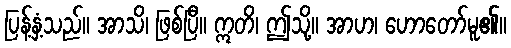
ပြန့်နှံ့သည်။ အာသိ၊ ဖြစ်ပြီ။ ဣတိ၊ ဤသို့။ အာဟ၊ ဟောတော်မူ၏။